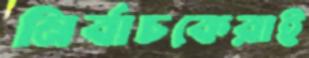
নির্বাচকেরাই